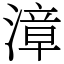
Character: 漳